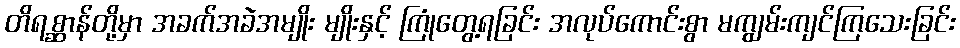
တိရစ္ဆာန်တို့မှာ အခက်အခဲအမျိုး မျိုးနှင့် ကြုံတွေ့ရခြင်း အလုပ်ကောင်းစွာ မကျွမ်းကျင်ကြသေးခြင်း